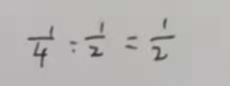
\frac { 1 } { 4 } : \frac { 1 } { 2 } = \frac { 1 } { 2 }